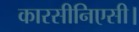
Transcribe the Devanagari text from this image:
कारसीनिएसी।